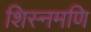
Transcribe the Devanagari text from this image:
शिस्नमणि